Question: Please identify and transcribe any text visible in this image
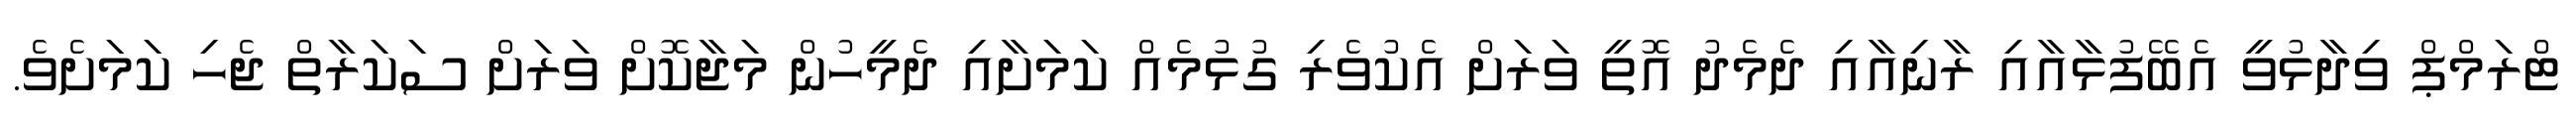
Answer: ޓްރަމްޕް ވިދާޅުވީ އެބޭފުޅާއާއި ރާނިއާއި ދެމެދު އޮތީ ވަރަށް އެކުވެރި ގުޅުމެއް ކަމަށާއި ދެމީހުން މަޖާކޮށް ވަރަށް ސަކަރާތް ޖެހި ކަމަށެވެ.